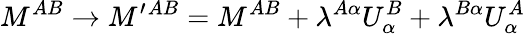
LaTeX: M^{AB}\to M^{\prime}{}^{AB}=M^{AB}+\lambda^{A\alpha}U_{\alpha}^{B}+\lambda^{B\alpha}U_{\alpha}^{A}